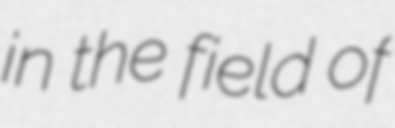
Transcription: in the field of